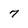
Character: 7